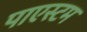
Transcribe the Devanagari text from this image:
पाएस्टम